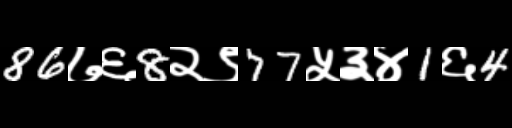
Text: 86७६8२९77५३४1६4